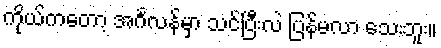
ကိုယ်ကတော့ အင်္ဂလန်မှာ သင်ပြီးလဲ ပြန်မလာ သေးဘူး။